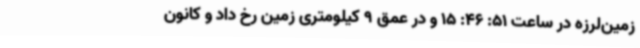
زمین‌لرزه در ساعت 51: 46: 15 و در عمق 9 کیلومتری زمین رخ داد و کانون